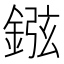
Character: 𨧻